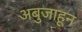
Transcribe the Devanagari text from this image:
अबुजाहून